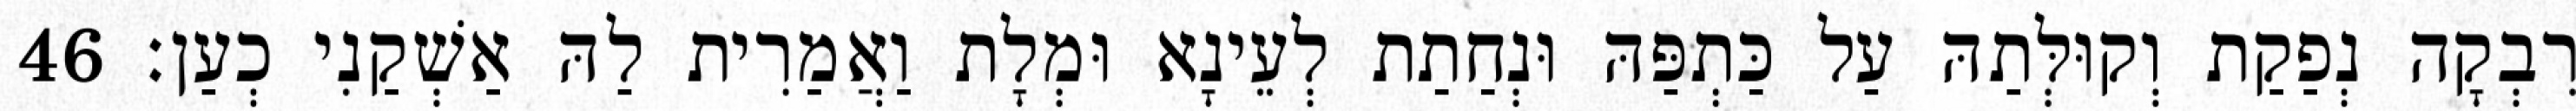
רִבְקָה נְפַקַת וְקוּלְּתַהּ עַל כַּתְפַּהּ וּנְחַתַת לְעֵינָא וּמְלָת וַאֲמַרִית לַהּ אַשְׁקַנִי כְעַן׃ 46